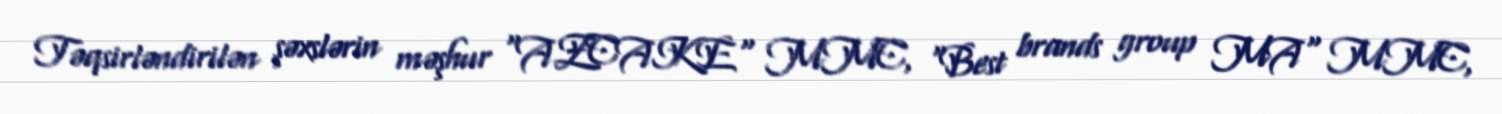
Təqsirləndirilən şəxslərin məşhur “AZCAKE" MMC, "Best brands group MA" MMC,